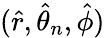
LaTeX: (\hat{r},\hat{\theta}_{n},\hat{\phi})